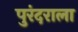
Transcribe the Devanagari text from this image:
पुरंदराला